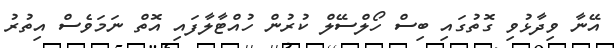
އޭނާ ވިދާޅުވި ގޮތުގައި ބިސް ހޯލްސޭލް ކުރުން ހުއްޓާލާފައި އޮތް ނަމަވެސް އިތުރު